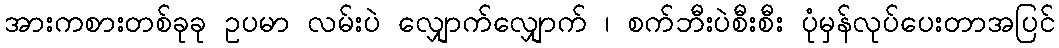
အားကစားတစ်ခုခု ဥပမာ လမ်းပဲ လျှောက်လျှောက် ၊ စက်ဘီးပဲစီးစီး ပုံမှန်လုပ်ပေးတာအပြင်